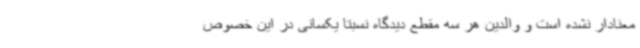
معنادار نشده است و والدین هر سه مقطع دیدگاه نسبتاً یکسانی در این خصوص